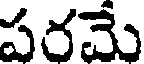
పరమే